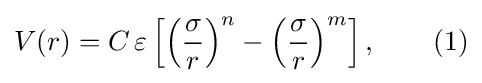
V(r)=C\,\varepsilon \left[\left({\frac {\sigma }{r}}\right)^{n}-\left({\frac {\sigma }{r}}\right)^{m}\right],~~~~~~(1)